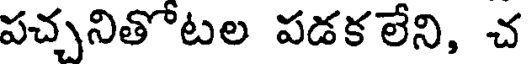
పచ్చనితోటల పడకలేని, చ